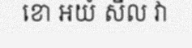
ខោ អយំ សីល វា